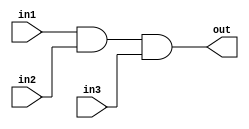

`define	D		1	// definition of the delay

// Delayed AND gate

module AND_D_3(out, in1, in2, in3);

input in1, in2, in3;
output out;

and		#`D		and1(out, in1, in2, in3);

endmodule